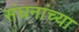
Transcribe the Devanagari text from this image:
संघनांच्या